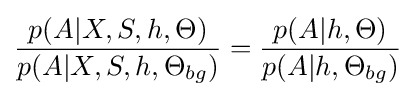
{\frac {p(A|X,S,h,\Theta )}{p(A|X,S,h,\Theta _{bg})}}={\frac {p(A|h,\Theta )}{p(A|h,\Theta _{bg})}}